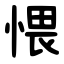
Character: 愄